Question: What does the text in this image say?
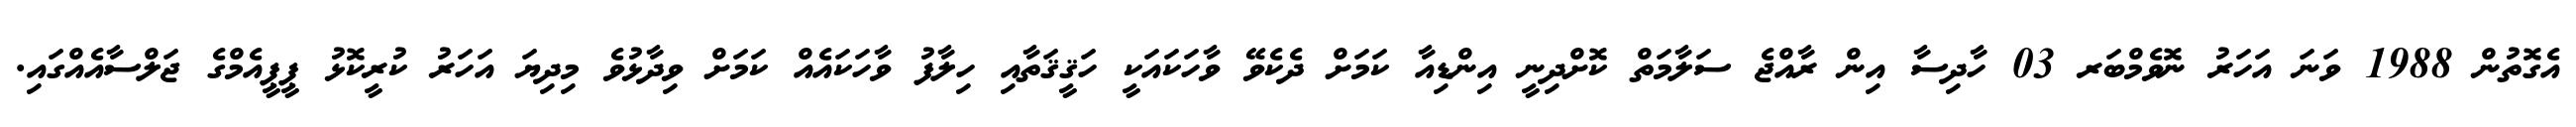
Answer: އެގޮތުން 1988 ވަނަ އަހަރު ނޮވެމްބަރ 03 ހާދިސާ އިން ރާއްޖެ ސަލާމަތް ކޮށްދިނީ އިންޑިއާ ކަމަށް ދެކެވޭ ވާހަކައަކީ ހަޤީޤަތާއި ހިލާފު ވާހަކައެއް ކަމަށް ވިދާޅުވެ މިދިޔަ އަހަރު ކުރީކޮޅު ޕީޕީއެމްގެ ޖަލްސާއެއްގައި.